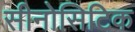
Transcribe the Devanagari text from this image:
सीनोसिटिक